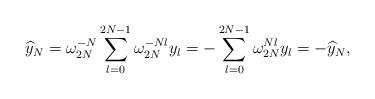
LaTeX: \begin{align*} \widehat{y}_N=\omega_{2N}^{-N}\sum_{l=0}^{2N-1}\omega_{2N}^{-Nl}y_l =-\sum_{l=0}^{2N-1}\omega_{2N}^{Nl}y_l=-\widehat{y}_N, \end{align*}